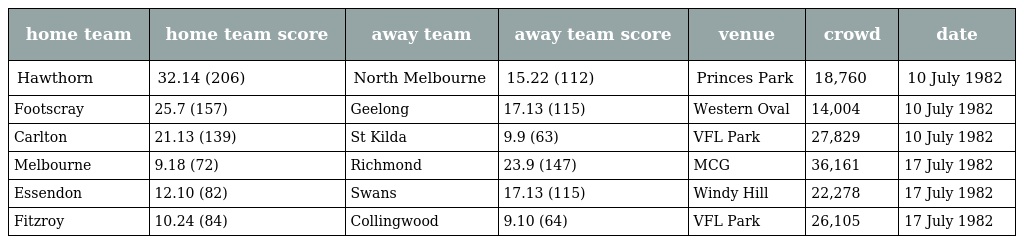
| home team | home team score | away team | away team score | venue | crowd | date |
 | --- | --- | --- | --- | --- | --- | --- |
 | Hawthorn | 32.14 (206) | North Melbourne | 15.22 (112) | Princes Park | 18,760 | 10 July 1982 |
 | Footscray | 25.7 (157) | Geelong | 17.13 (115) | Western Oval | 14,004 | 10 July 1982 |
 | Carlton | 21.13 (139) | St Kilda | 9.9 (63) | VFL Park | 27,829 | 10 July 1982 |
 | Melbourne | 9.18 (72) | Richmond | 23.9 (147) | MCG | 36,161 | 17 July 1982 |
 | Essendon | 12.10 (82) | Swans | 17.13 (115) | Windy Hill | 22,278 | 17 July 1982 |
 | Fitzroy | 10.24 (84) | Collingwood | 9.10 (64) | VFL Park | 26,105 | 17 July 1982 |